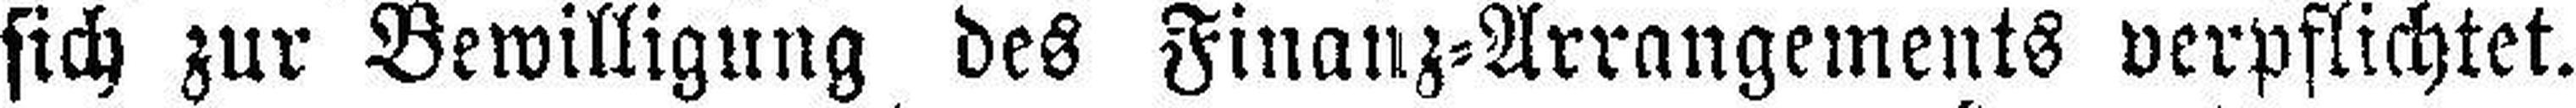
sich zur Bewilligung des Finanz=Arrangements verpflichtet.